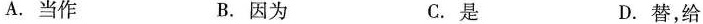
()A.当作 B.因为 C.是 D.替，给